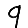
Digit: 9